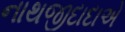
નાથજીદાદાએ